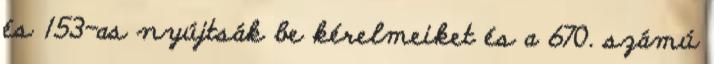
és 153-as nyújtsák be kérelmeiket és a 670. számú